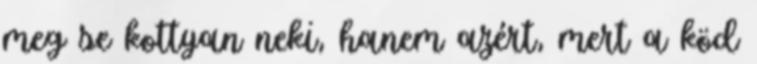
meg se kottyan neki, hanem azért, mert a köd